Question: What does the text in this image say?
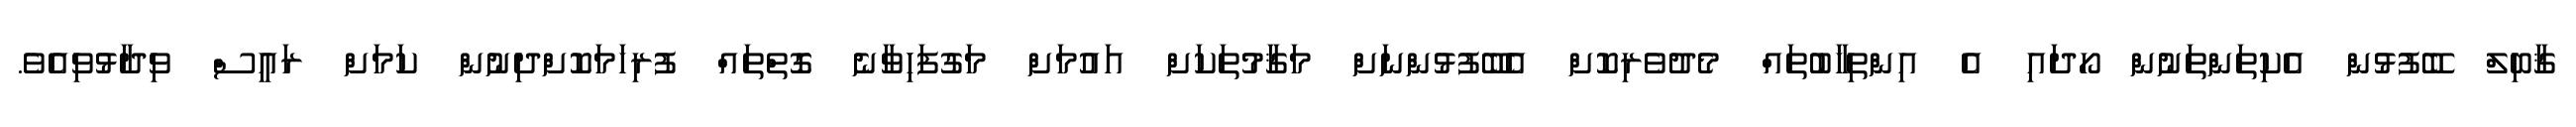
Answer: ޤާބިލް ބޭފުޅުން އެކިތަންތަނުން ހޯދައި އެ އިންތިޚާބުތައް މެދުވެރިކޮށް އެބޭފުޅުންނަށް މަޤާމުތަކަށް އައުމަށް މަގުފަހިވާނެ ގޮތްތައް ފުރިހަމަކޮށްދިނުން ކަމަށް ރައީސް ވިދާޅުވިއެވެ.